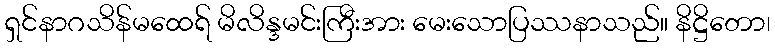
ရှင်နာဂသိန်မထေရ် မိလိန္ဒမင်းကြီးအား မေးသောပြဿနာသည်။ နိဋ္ဌိတော၊